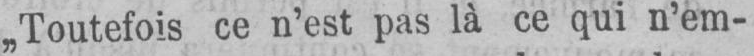
„Toutefois ce n’est pas là ce qui n’em-